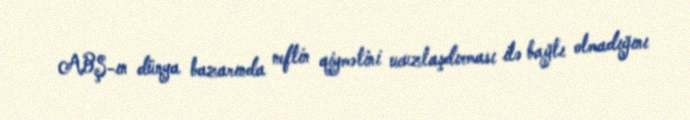
ABŞ-ın dünya bazarında neftin qiymətini ucuzlaşdırması ilə bağlı olmadığını